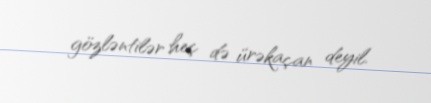
gözləntilər heç də ürəkaçan deyil.